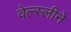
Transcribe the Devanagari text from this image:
वेल्स्लीने